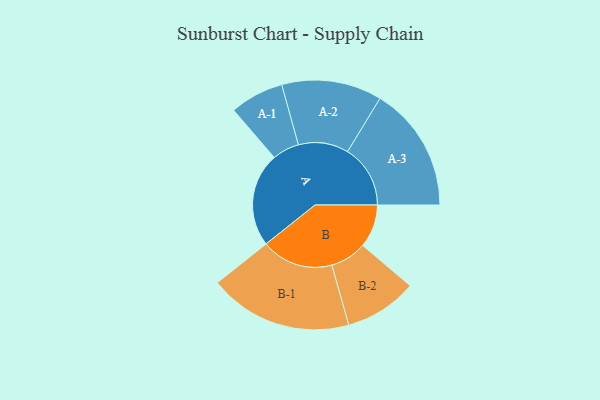
{"axis": {"x": "Segment", "y": "Value"}, "legend": ["", "A", "B"], "data": [{"x": "A", "y": 349, "type": ""}, {"x": "B", "y": 160, "type": ""}, {"x": "A-1", "y": 100, "type": "A"}, {"x": "A-2", "y": 186, "type": "A"}, {"x": "A-3", "y": 233, "type": "A"}, {"x": "B-1", "y": 267, "type": "B"}, {"x": "B-2", "y": 135, "type": "B"}]}